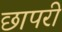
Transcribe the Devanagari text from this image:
छापरी